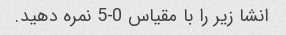
انشا زیر را با مقیاس 0-5 نمره دهید.